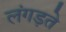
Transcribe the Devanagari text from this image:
लंगड़ते